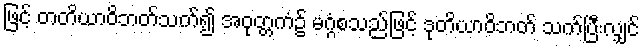
ဖြင့် တတိယာဝိဘတ်သက်၍ အဝုတ္တကံ၌ မဂ္ဂံစသည်ဖြင့် ဒုတိယာဝိဘတ် သက်ပြီးလျှင်